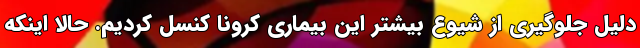
دلیل جلوگیری از شیوع بیشتر این بیماری کرونا کنسل کردیم. حالا اینکه